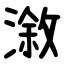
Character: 漵